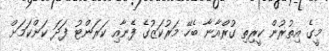
މީގެ އިތުރުން ކީރިތި ގުރްއާނާ ބެހޭ މަރުކަޒުގެ ފެނާއި ކަރަންޓު ފަދަ ކަންކަމަށް